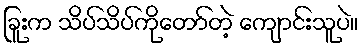
ခြူးက သိပ်သိပ်ကိုတော်တဲ့ ကျောင်းသူပဲ။